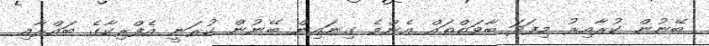
ބޭނުން ކުރާއިރު މިފަދަ ބާވަތްތައް އެންމެ ގިނައިން ބޭނުން ކުރަނީ އެފްރިކާގެ ބައްރާއި